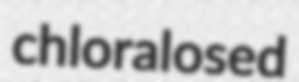
chloralosed